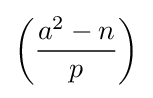
\left({\frac {a^{2}-n}{p}}\right)